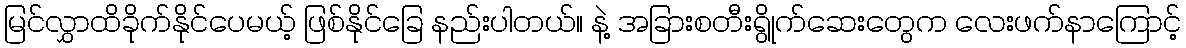
မြင်လွှာထိခိုက်နိုင်ပေမယ့် ဖြစ်နိုင်ခြေ နည်းပါတယ်။ နဲ့ အခြားစတီးရွိုက်ဆေးတွေက လေးဖက်နာကြောင့်